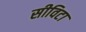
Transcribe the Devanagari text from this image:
सीविटा